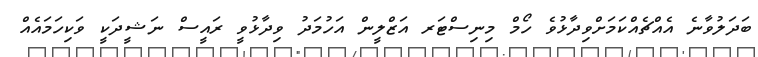
ބަދަލުވާނެ އެއްޗެއްކަމަށްވިދާޅުވެ ހޯމް މިނިސްޓަރ އަޒްލީން އަހުމަދު ވިދާޅުވީ ރައީސް ނަޝީދަކީ ވަކިހަމައެއް